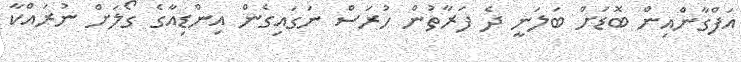
އަފްގާންއިން ބޮޑަށް ބަލަނީ ދެ ފަރާތުން ހުރަސް ނަގައިގެން އިންޑިއާގެ ގޯލަށް ނުރައްކާ